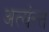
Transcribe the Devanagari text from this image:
अत्यंन्त